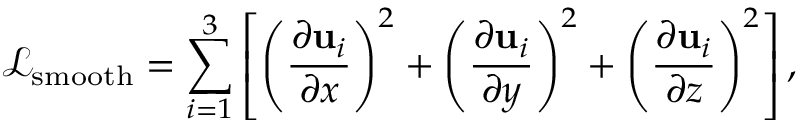
\mathcal { L } _ { \mathrm { s m o o t h } } = \sum _ { i = 1 } ^ { 3 } \left[ \left( \frac { \partial \mathrm { \mathbf { u } } _ { i } } { \partial x } \right) ^ { 2 } + \left( \frac { \partial \mathrm { \mathbf { u } } _ { i } } { \partial y } \right) ^ { 2 } + \left( \frac { \partial \mathrm { \mathbf { u } } _ { i } } { \partial z } \right) ^ { 2 } \right] ,